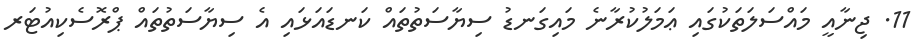
11. ޖިނާއީ މައްސަލަތަކުގައި ޢަމަލުކުރާނެ މައިގަނޑު ސިޔާސަތުތައް ކަނޑައަޅައި އެ ސިޔާސަތުތައް ޕްރޮސެކިއުޓަރ